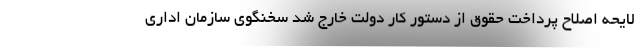
لایحه اصلاح پرداخت حقوق از دستور کار دولت خارج شد سخنگوی سازمان اداری